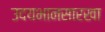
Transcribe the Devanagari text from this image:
उदयभानसारखा